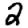
Digit: 2